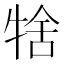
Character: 𤙱